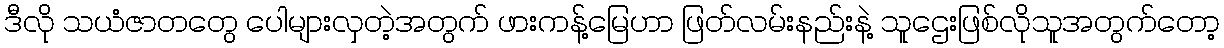
ဒီလို သယံဇာတတွေ ပေါများလှတဲ့အတွက် ဖားကန့်မြေဟာ ဖြတ်လမ်းနည်းနဲ့ သူဌေးဖြစ်လိုသူအတွက်တော့